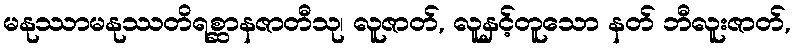
မနုဿာမနုဿတိရစ္ဆာနဇာတီသု၊ လူဇာတ်, လူနှင့်တူသော နတ် ဘီလူးဇာတ်,